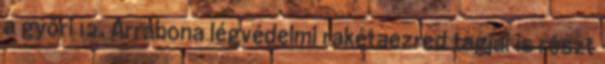
a győri 12. Arrabona légvédelmi rakétaezred tagjai is részt